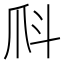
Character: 𤓺